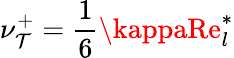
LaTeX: \nu_{\mathcal{T}}^{+}=\frac{{1}}{{6}}\kappaRe_{l}^{*}